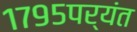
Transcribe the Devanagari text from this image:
१७९५पर्यंत